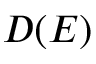
D ( E )